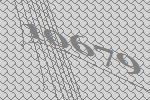
10679